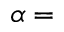
\alpha =